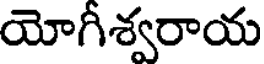
యోగీశ్వరాయ